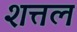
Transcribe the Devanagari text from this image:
शत्तल